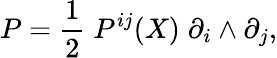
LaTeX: P=\frac{1}{2}\; P^{ij}(X)\; \partial_{i}\wedge\partial_{j},